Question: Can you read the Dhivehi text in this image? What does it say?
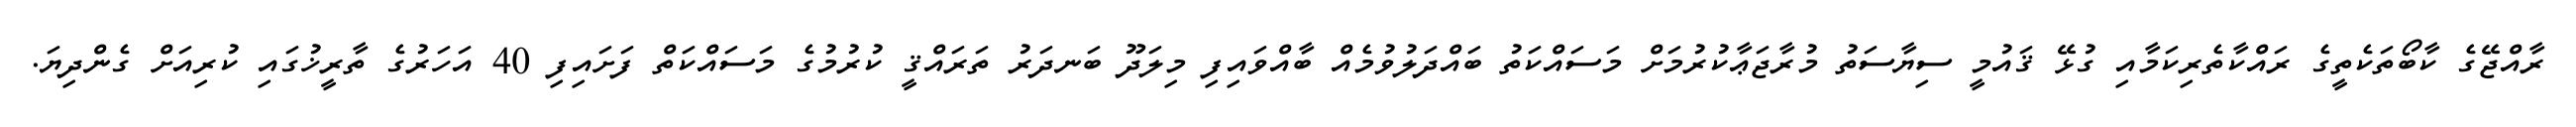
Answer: ރާއްޖޭގެ ކާބޯތަކެތީގެ ރައްކާތެރިކަމާއި ގުޅޭ ޤައުމީ ސިޔާސަތު މުރާޖަޢާކުރުމަށް މަސައްކަތު ބައްދަލުވުމެއް ބާއްވައިފި މިލަދޫ ބަނދަރު ތަރައްޤީ ކުރުމުގެ މަސައްކަތް ފަށައިފި 40 އަހަރުގެ ތާރީޚުގައި ކުރިއަށް ގެންދިޔަ.